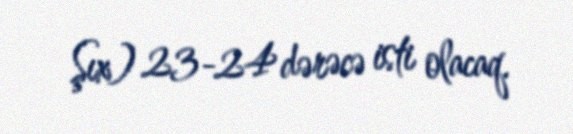
Şıx) 23-24 dərəcə isti olacaq.